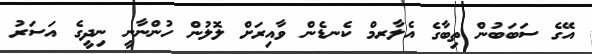
އޭގެ ސަބަބުން ތިބާގެ އެލާރމް ކެނޑެން ވާއިރަށް ލޮލުން ހުންނާނީ ނިދީގެ އަސަރު